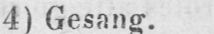
4) Gesang.